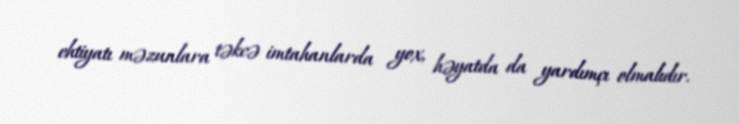
ehtiyatı məzunlara təkcə imtahanlarda yox, həyatda da yardımçı olmalıdır.